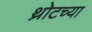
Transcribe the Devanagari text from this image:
थ्रोटच्या